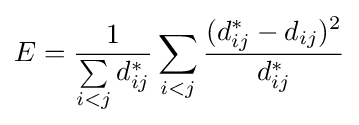
E={\frac {1}{\sum \limits _{i<j}d_{ij}^{*}}}\sum _{i<j}{\frac {(d_{ij}^{*}-d_{ij})^{2}}{d_{ij}^{*}}}